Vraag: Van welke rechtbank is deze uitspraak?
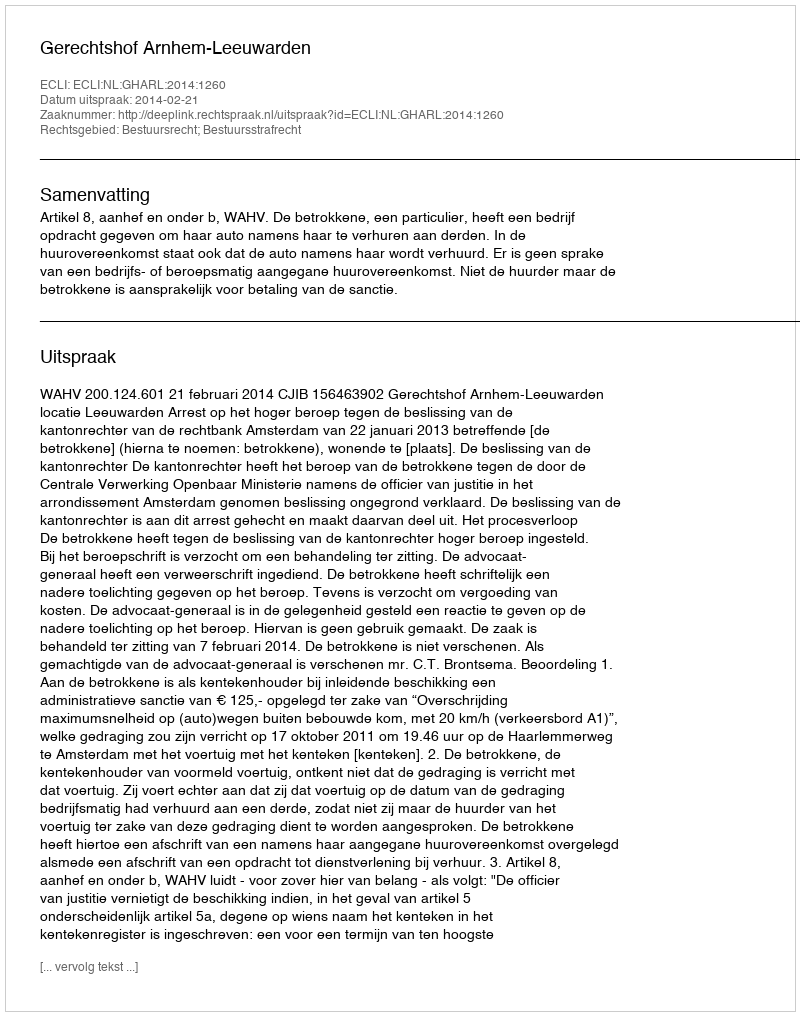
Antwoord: Gerechtshof Arnhem-Leeuwarden